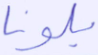
بلونا